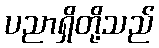
ပညာရှိတို့သည်